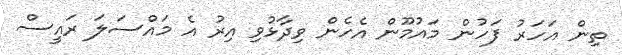
ތިން އަހަރު ފަހުން މައުމޫން އެހެން ވިދާޅުވި އިރު އެ މައްސަލަ ރައީސް